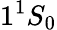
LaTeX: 1^{1}S_{0}